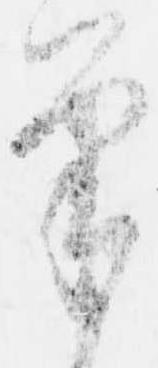
筆